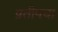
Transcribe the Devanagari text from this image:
प्रतीपचा